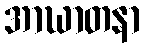
အာဃာတနာ